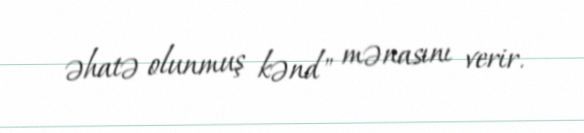
əhatə olunmuş kənd" mənasını verir.